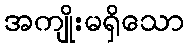
အကျိုးမရှိသော